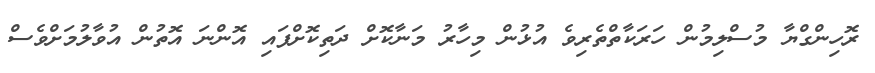
ރޮހިންގްޔާ މުސްލިމުން ހަރަކާތްތެރިވެ އުޅުން މިހާރު މަނާކޮށް ދަތިކޮށްފައި އޮންނަ އޮތުން އުވާލުމަށްވެސް